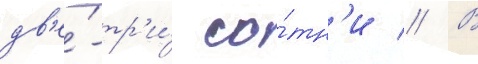
дв'е́-тр'и́ со́тн'и // В